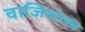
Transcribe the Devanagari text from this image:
वाजिशास्त्र